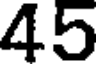
45